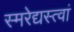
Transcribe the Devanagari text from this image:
स्मरेद्यस्त्वां